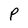
Character: P